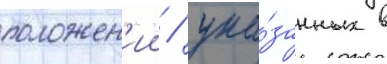
положен'ии / ука́занных в